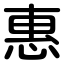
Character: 惠